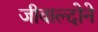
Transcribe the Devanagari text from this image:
जीवाल्दोने